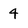
Character: 4